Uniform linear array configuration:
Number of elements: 4
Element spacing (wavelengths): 0.25
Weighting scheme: uniform
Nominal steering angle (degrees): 15
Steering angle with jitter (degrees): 14.244
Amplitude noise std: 0.05
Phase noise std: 0.05

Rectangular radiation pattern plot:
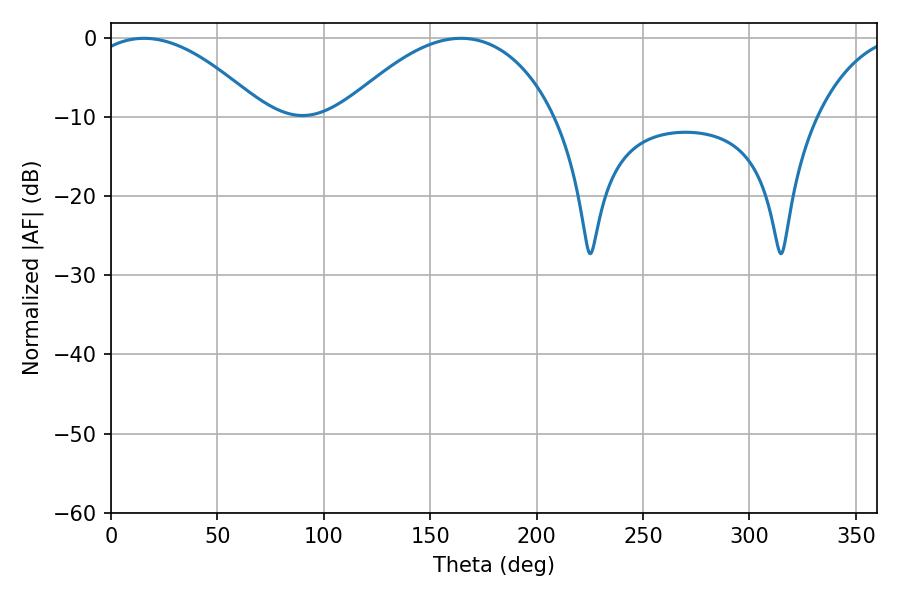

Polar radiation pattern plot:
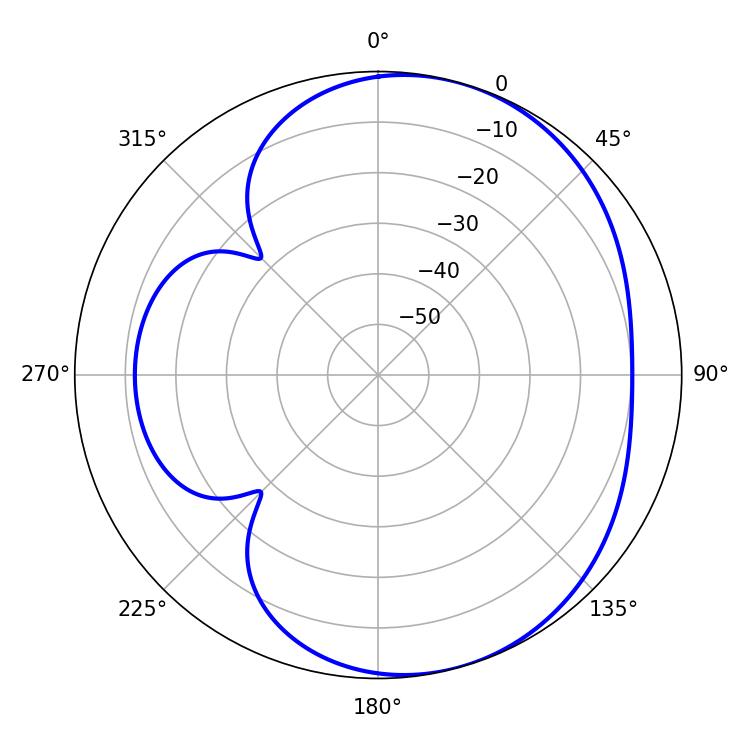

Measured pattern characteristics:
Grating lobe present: FALSE
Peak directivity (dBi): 4.989
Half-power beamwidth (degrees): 45.72
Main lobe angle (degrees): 15.48